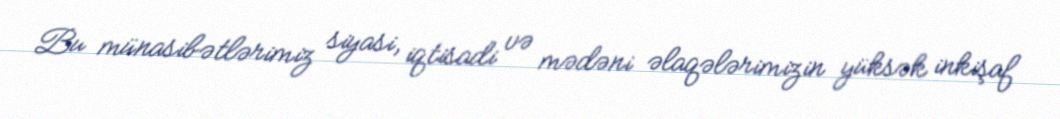
Bu münasibətlərimiz siyasi, iqtisadi və mədəni əlaqələrimizin yüksək inkişaf